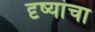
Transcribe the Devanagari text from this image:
दृष्यांचा